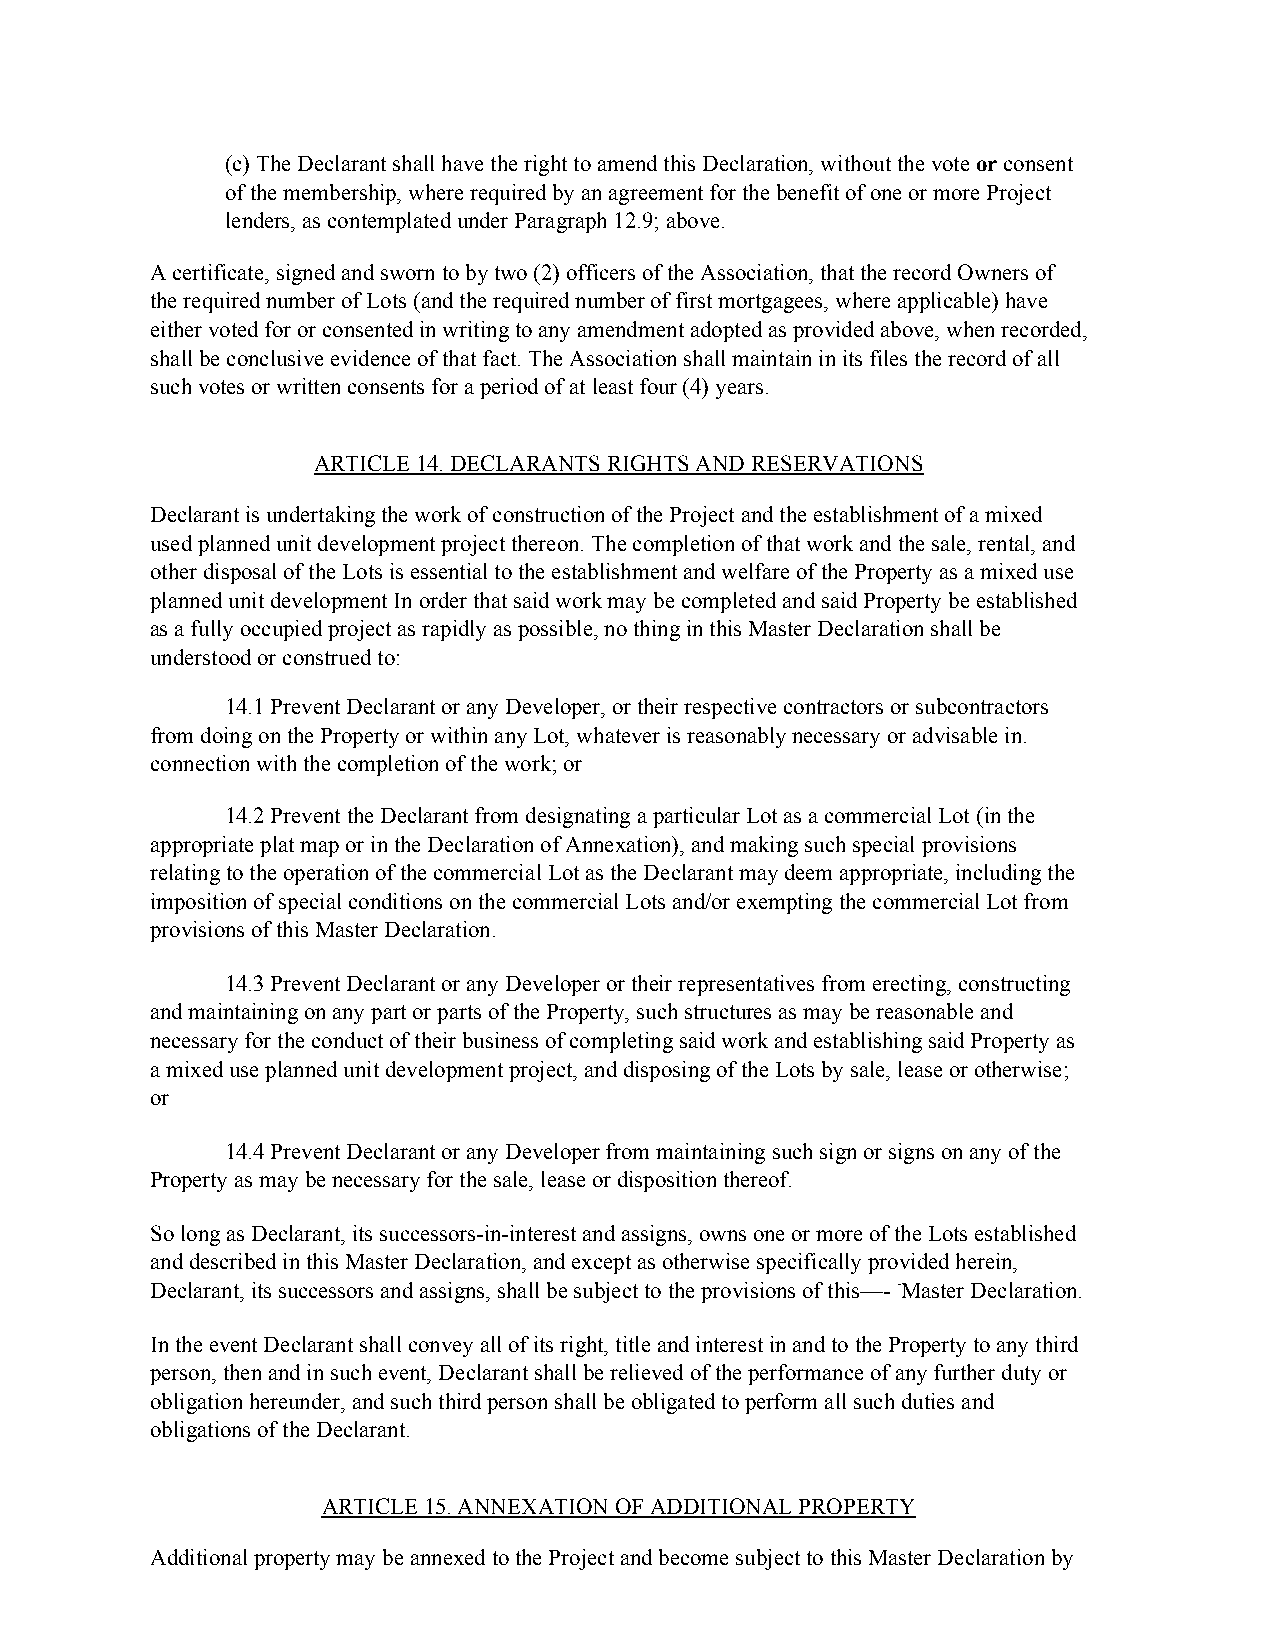
(c) The Declarant shall have the right to amend this Declaration, without the vote or consent
 of the membership, where required by an agreement for the benefit of one or more Project
 lenders, as contemplated under Paragraph 12.9; above.
 A certificate, signed and sworn to by two (2) officers of the Association, that the record Owners of
 the required number of Lots (and the required number of first mortgagees, where applicable) have
 either voted for or consented in writing to any amendment adopted as provided above, when recorded,
 shall be conclusive evidence of that fact. The Association shall maintain in its files the record of all
 such votes or written consents for a period of at least four (4) years.
 ARTICLE 14. DECLARANTS RIGHTS AND RESERVATIONS
 Declarant is undertaking the work of construction of the Project and the establishment of a mixed
 used planned unit development project thereon. The completion of that work and the sale, rental, and
 other disposal of the Lots is essential to the establishment and welfare of the Property as a mixed use
 planned unit development In order that said work may be completed and said Property be established
 as a fully occupied project as rapidly as possible, no thing in this Master Declaration shall be
 understood or construed to:
 14.1 Prevent Declarant or any Developer, or their respective contractors or subcontractors
 from doing on the Property or within any Lot, whatever is reasonably necessary or advisable in.
 connection with the completion of the work; or
 14.2 Prevent the Declarant from designating a particular Lot as a commercial Lot (in the
 appropriate plat map or in the Declaration of Annexation), and making such special provisions
 relating to the operation of the commercial Lot as the Declarant may deem appropriate, including the
 imposition of special conditions on the commercial Lots and/or exempting the commercial Lot from
 provisions of this Master Declaration.
 14.3 Prevent Declarant or any Developer or their representatives from erecting, constructing
 and maintaining on any part or parts of the Property, such structures as may be reasonable and
 necessary for the conduct of their business of completing said work and establishing said Property as
 a mixed use planned unit development project, and disposing of the Lots by sale, lease or otherwise;
 or
 14.4 Prevent Declarant or any Developer from maintaining such sign or signs on any of the
 Property as may be necessary for the sale, lease or disposition thereof.
 So long as Declarant, its successors-in-interest and assigns, owns one or more of the Lots established
 and described in this Master Declaration, and except as otherwise specifically provided herein,
 Declarant, its successors and assigns, shall be subject to the provisions of this—- -Master Declaration.
 In the event Declarant shall convey all of its right, title and interest in and to the Property to any third
 person, then and in such event, Declarant shall be relieved of the performance of any further duty or
 obligation hereunder, and such third person shall be obligated to perform all such duties and
 obligations of the Declarant.
 ARTICLE 15. ANNEXATION OF ADDITIONAL PROPERTY
 Additional property may be annexed to the Project and become subject to this Master Declaration by